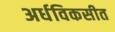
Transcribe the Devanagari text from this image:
अर्धविकसीत